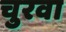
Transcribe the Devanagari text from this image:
चुरवा